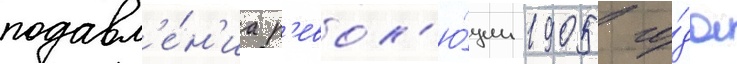
подавл'е́н'иа р'евол'ю́ции 1905 го́да